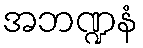
အဘဏ္ဍနံ